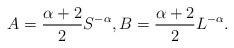
LaTeX: \begin{align*}A_{} = \frac{\alpha+2}{2} S_{}^{-\alpha}, B_{} = \frac{\alpha+2}{2} L_{}^{-\alpha}.\end{align*}